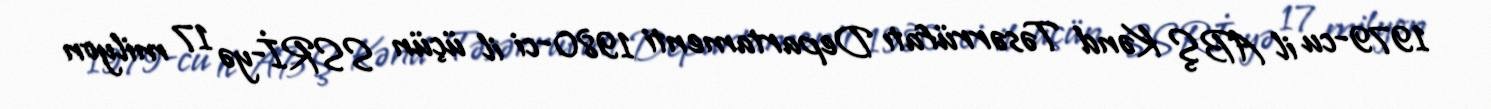
1979-cu il ABŞ Kənd Təsərrüfatı Departamenti 1980-ci il üçün SSRİ-yə 17 milyon